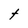
Character: t